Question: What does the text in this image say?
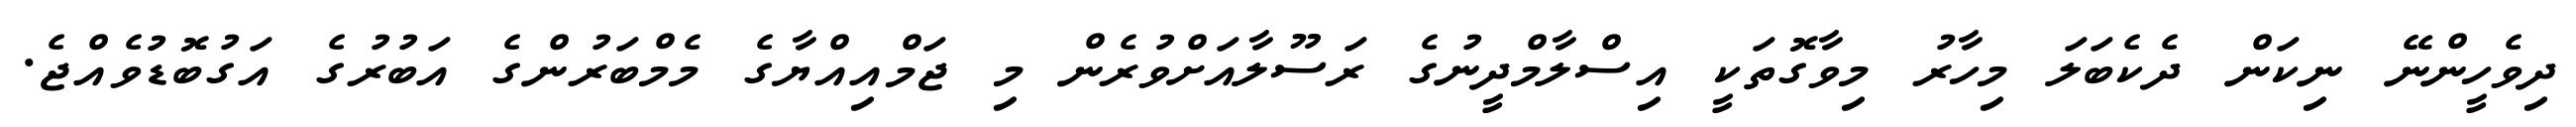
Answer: ދިވެހީންނޭ ނިކަން ދެކެބަލަ މިހާރު މިވާގޮތަކީ އިސްލާމްދީނުގެ ރަސޫލާއަށްވުރެން މި ޖަމްއިއްޔާގެ މެމްބަރުންގެ އަބުރުގެ އަގުބޮޑުވެއްޖެ.